Source: Handwritten
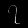
Digit: ၇ (7)